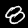
Digit: 8